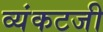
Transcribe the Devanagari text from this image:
व्यंकटजी